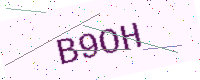
Text: B9OH